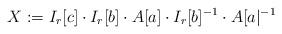
LaTeX: \begin{align*}X := I_r[c] \cdot I_r[b] \cdot A[a] \cdot I_r[b]^{-1} \cdot A[a|^{-1}\end{align*}